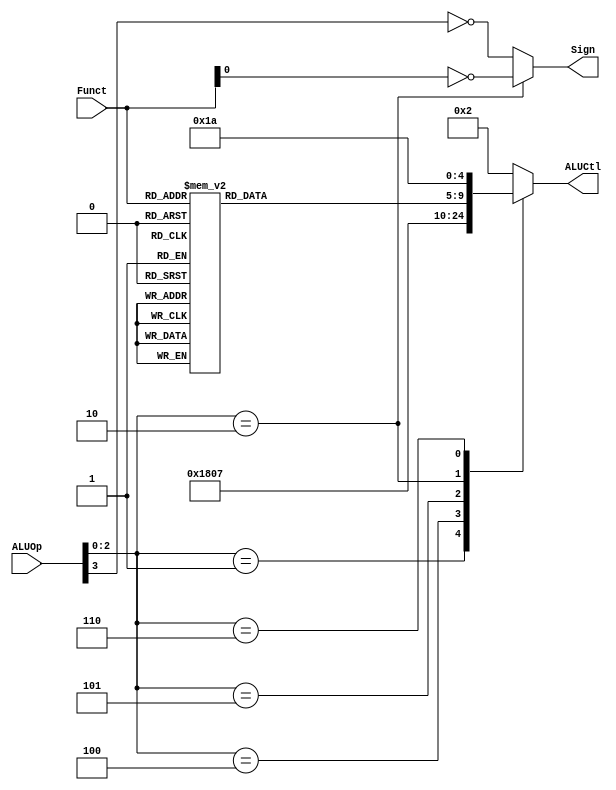

module ALUControl(
	input  [4 -1:0] ALUOp      ,// ALU operation
	input  [6 -1:0] Funct      ,// funct number
	output reg [5 -1:0] ALUCtl ,// ALU control
	output  Sign
);
	
	// Add your code below (for question 2)
	// funct number for different operation
	parameter aluAND = 5'b00000;
	parameter aluOR  = 5'b00001;
	parameter aluADD = 5'b00010;
	parameter aluSUB = 5'b00110;
	parameter aluSLT = 5'b00111;
	parameter aluNOR = 5'b01100;
	parameter aluXOR = 5'b01101;
	parameter aluSLL = 5'b10000;
	parameter aluSRL = 5'b11000;
	parameter aluSRA = 5'b11001;
	parameter aluMUL = 5'b11010;
	
	// Sign means whether the ALU treats the input as a signed number or an unsigned number
	assign Sign = (ALUOp[2:0] == 3'b010)? ~Funct[0]: ~ALUOp[3];
	
	// set aluFunct
	reg [4:0] aluFunct;
	always @(*)
		case (Funct)
			6'b00_0000: aluFunct <= aluSLL;
			6'b00_0010: aluFunct <= aluSRL;
			6'b00_0011: aluFunct <= aluSRA;
			6'b10_0000: aluFunct <= aluADD;
			6'b10_0001: aluFunct <= aluADD;
			6'b10_0010: aluFunct <= aluSUB;
			6'b10_0011: aluFunct <= aluSUB;
			6'b10_0100: aluFunct <= aluAND;
			6'b10_0101: aluFunct <= aluOR;
			6'b10_0110: aluFunct <= aluXOR;
			6'b10_0111: aluFunct <= aluNOR;
			6'b10_1010: aluFunct <= aluSLT;
			6'b10_1011: aluFunct <= aluSLT;
			//6'b00_0010: aluFunct <= aluMUL;
			default: aluFunct <= aluADD;
		endcase
	
	// set ALUCtrl
	always @(*)
		case (ALUOp[2:0])
			3'b000: ALUCtl <= aluADD;
			3'b001: ALUCtl <= aluSUB;
			3'b100: ALUCtl <= aluAND;
			3'b101: ALUCtl <= aluSLT;
			3'b010: ALUCtl <= aluFunct;
			3'b110: ALUCtl <= aluMUL;
			default: ALUCtl <= aluADD;
		endcase
	// Add your code above (for question 2)

endmodule